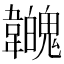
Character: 𩏳